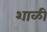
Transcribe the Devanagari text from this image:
शाळी